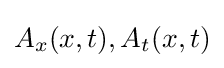
A_{x}(x,t),A_{t}(x,t)